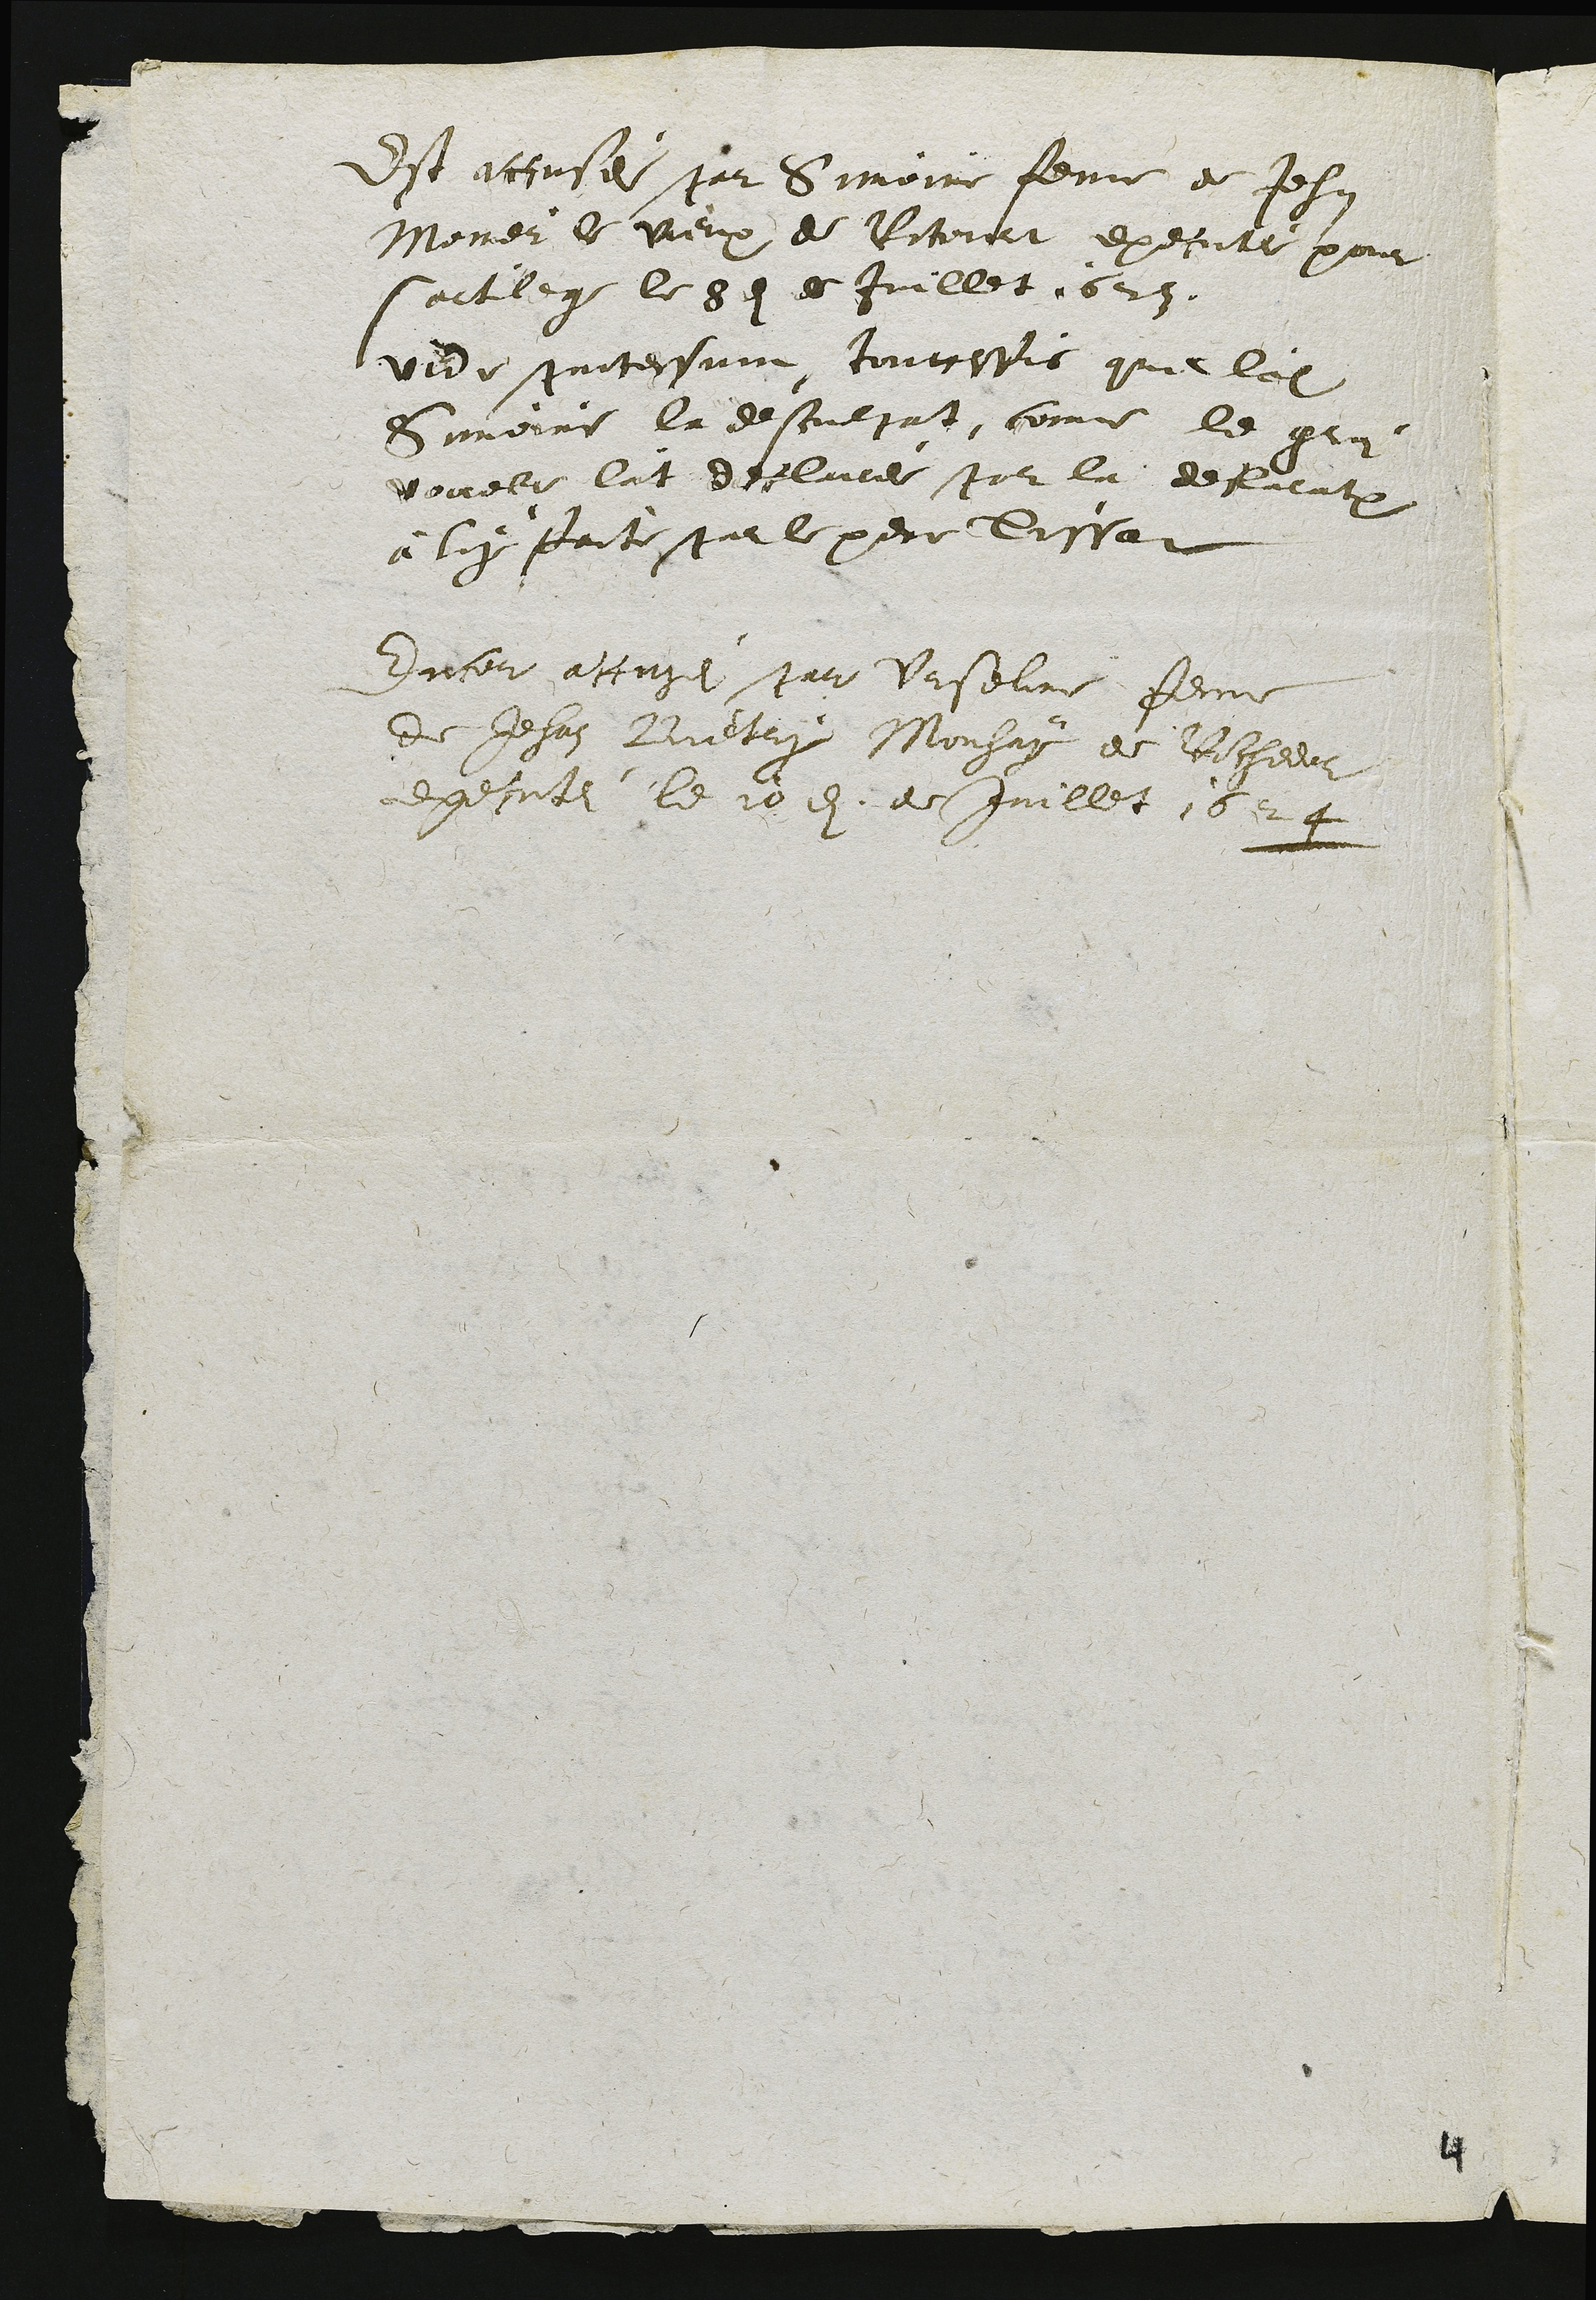
Est accusei par Simoine feme de Jehan
Monier le vieux de Ritourt executel pour
sartilege le sei es Juillet 1623
vede paitessuin touttefis que ladite
Simoine là desculpat, come le gra
vouele lat declare par la defuration
à ly faite parle pere dissat
Encer accusei par Urseline femme
de Jehan Bietry Monhay de Rochedor
egecutl le 10 en. de Juiblet 1624

4